Annual report of the Punjab Veterinary College and of the Civil Veterinary Department, Punjab - 1894-1908
Year: 1894
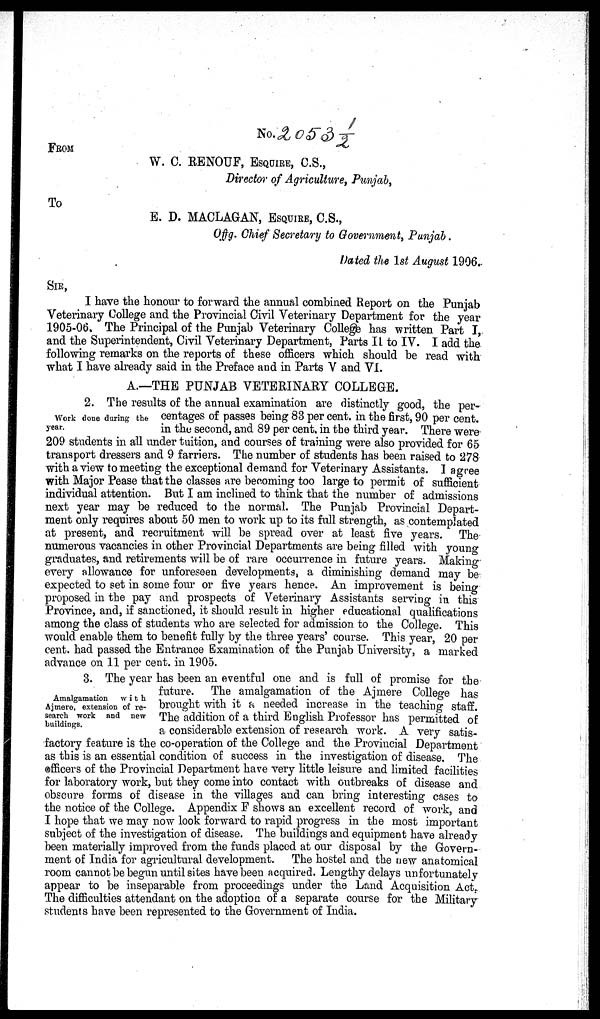
No.
FROM
W. C. RENOUF, ESQUIRE, C.S.,
Director of Agriculture, Punjab,
To
E. D. MACLAGAN, ESQUIRE, C.S.,
Offg. Chief Secretary to Government, Punjab.
Dated the 1st August 1906.
SIR,
I have the honour to forward the annual combined Report on the Punjab
Veterinary College and the Provincial Civil Veterinary Department for the year
1905-06. The Principal of the Punjab Veterinary College has written Part I,
and the Superintendent, Civil Veterinary Department, Parts II to IV. I add the
following remarks on the reports of these officers which should be read with
what I have already said in the Preface and in Parts V and VI.
A.—THE PUNJAB VETERINARY COLLEGE.
Work done during the
year.
2. The results of the annual examination are distinctly good, the per-
centages of passes being 83 per cent. in the first, 90 per cent.
in the second, and 89 per cent. in the third year. There were
209 students in all under tuition, and courses of training were also provided for 65
transport dressers and 9 farriers. The number of students has been raised to 278
with a view to meeting the exceptional demand for Veterinary Assistants. I agree
with Major Pease that the classes are becoming too large to permit of sufficient
individual attention. But I am inclined to think that the number of admissions
next year may be reduced to the normal. The Punjab Provincial Depart-
ment only requires about 50 men to work up to its full strength, as contemplated
at present, and recruitment will be spread over at least five years. The
numerous vacancies in other Provincial Departments are being filled with young
graduates, and retirements will be of rare occurrence in future years. Making
every allowance for unforeseen developments, a diminishing demand may be
expected to set in some four or five years hence. An improvement is being
proposed in the pay and prospects of Veterinary Assistants serving in this
Province, and, if sanctioned, it should result in higher educational qualifications
among the class of students who are selected for admission to the College. This
would enable them to benefit fully by the three years' course. This year, 20 per
cent. had passed the Entrance Examination of the Punjab University, a marked
advance on 11 per cent. in 1905.
Amalgamation
with
Ajmere, extension of re-
search work and new
buildings.
3. The year has been an eventful one and is full of promise for the
future. The amalgamation of the Ajmere College has
brought with it a needed increase in the teaching staff.
The addition of a third English Professor has permitted of
a considerable extension of research work. A very satis-
factory feature is the co-operation of the College and the Provincial Department
as this is an essential condition of success in the investigation of disease. The
officers of the Provincial Department have very little leisure and limited facilities
for laboratory work, but they come into contact with outbreaks of disease and
obscure forms of disease in the villages and can bring interesting cases to
the notice of the College. Appendix F shows an excellent record of work, and
I hope that we may now look forward to rapid progress in the most important
subject of the investigation of disease. The buildings and equipment have already
been materially improved from the funds placed at our disposal by the Govern-
ment of India for agricultural development. The hostel and the new anatomical
room cannot be begun until sites have been acquired. Lengthy delays unfortunately
appear to be inseparable from proceedings under the Land Acquisition Act,
The difficulties attendant on the adoption of a separate course for the Military
students have been represented to the Government of India.